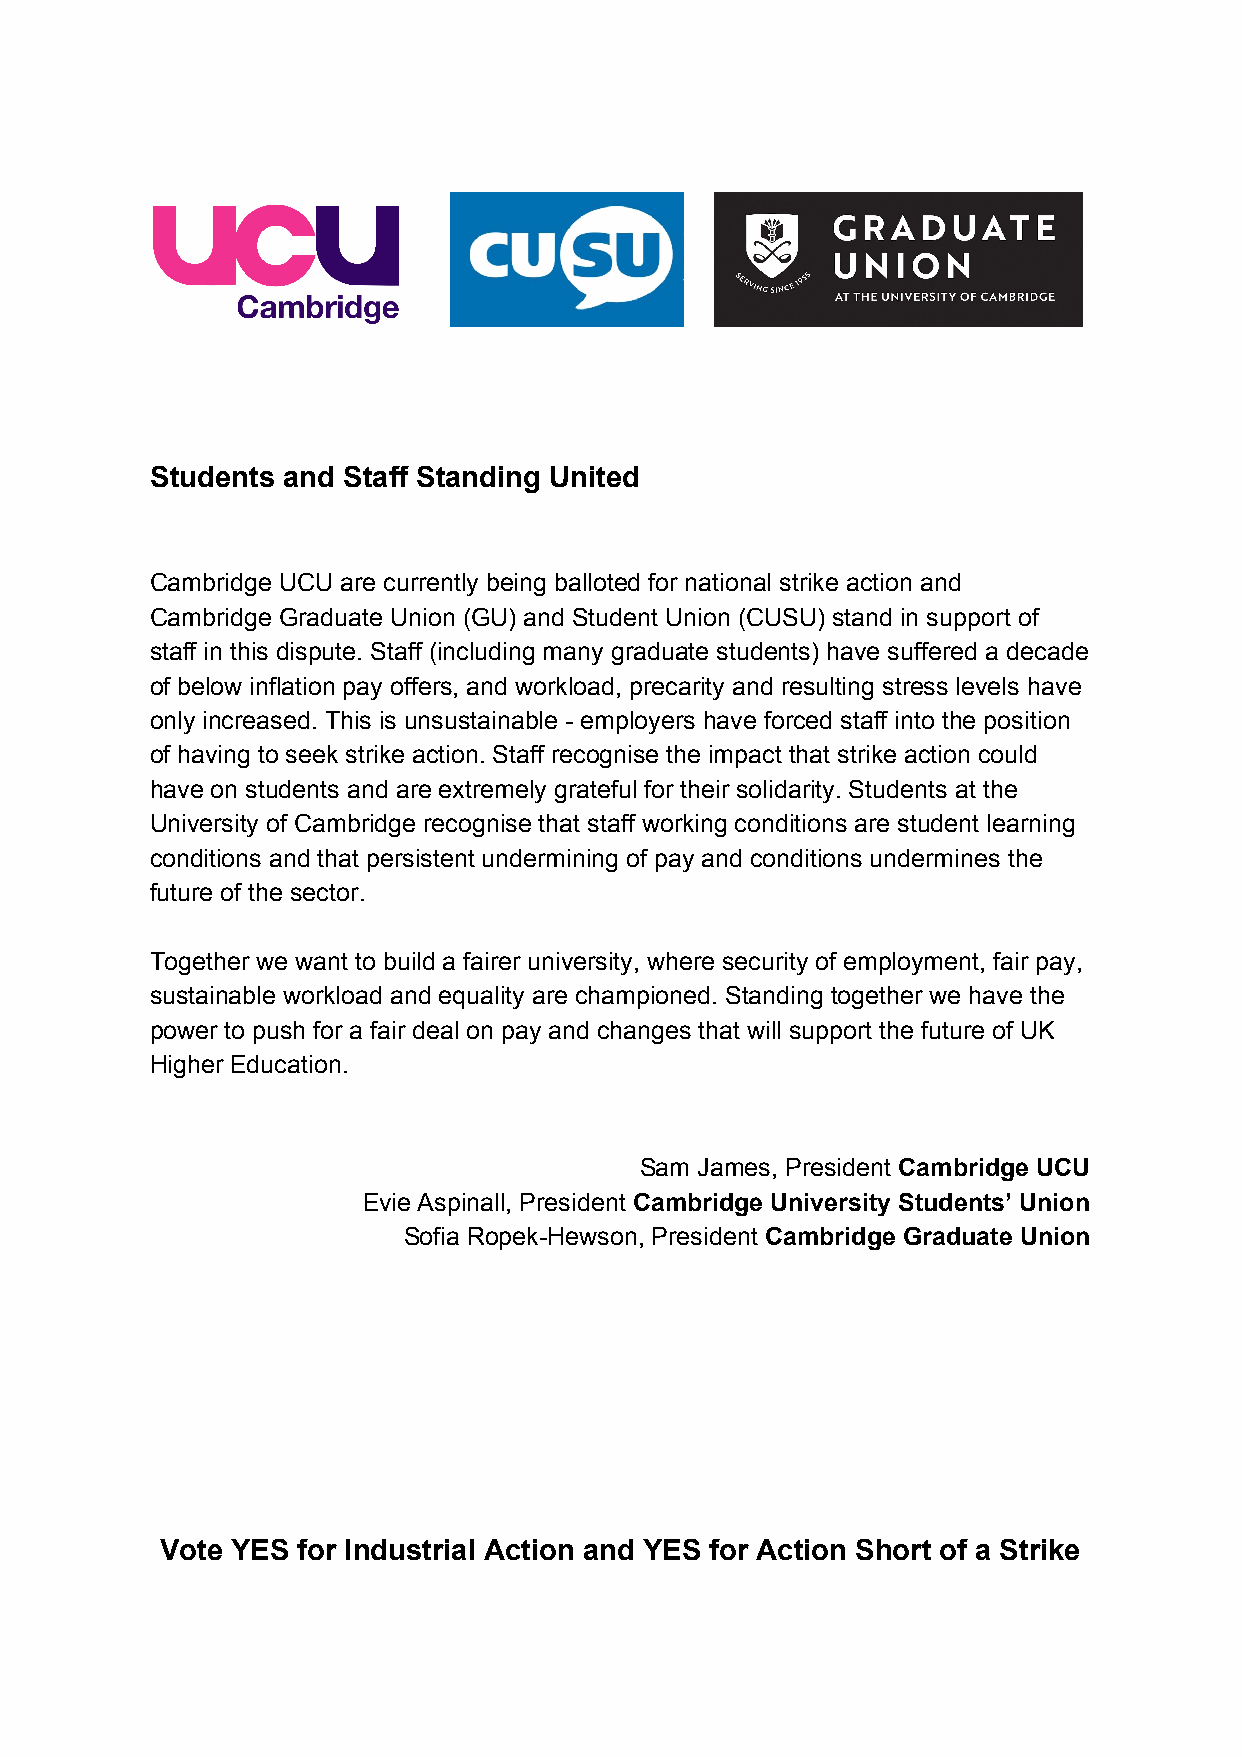
Students and Staff Standing United
 Cambridge UCU are currently being balloted for national strike action and
 Cambridge Graduate Union (GU) and Student Union (CUSU) stand in support of
 staff in this dispute. Staff (including many graduate students) have suffered a decade
 of below inflation pay offers, and workload, precarity and resulting stress levels have
 only increased. This is unsustainable - employers have forced staff into the position
 of having to seek strike action. Staff recognise the impact that strike action could
 have on students and are extremely grateful for their solidarity. Students at the
 University of Cambridge recognise that staff working conditions are student learning
 conditions and that persistent undermining of pay and conditions undermines the
 future of the sector.
 Together we want to build a fairer university, where security of employment, fair pay,
 sustainable workload and equality are championed. Standing together we have the
 power to push for a fair deal on pay and changes that will support the future of UK
 Higher Education.
 Sam James, President Cambridge UCU
 ​
 Evie Aspinall, President Cambridge University Students’ Union
 ​
 Sofia Ropek-Hewson, President Cambridge Graduate Union
 ​
 Vote YES for Industrial Action and YES for Action Short of a Strike